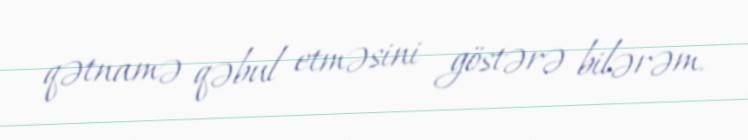
qətnamə qəbul etməsini göstərə bilərəm.